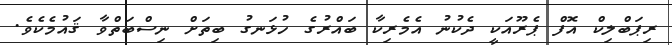
ރިޕަބްލިކް އޮފް ޕެރޫއަކީ ދެކުނު އެމެރިކާ ބައްރުގެ ހުޅަނގު ބިތަށް ނިސްބަތްވާ ޤައުމެކެވެ.